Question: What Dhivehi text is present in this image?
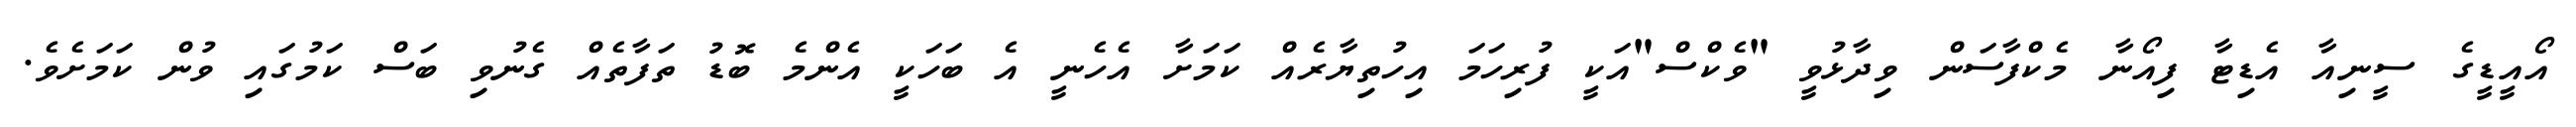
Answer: އޯއީޑީގެ ސީނިއާ އެޑިޓާ ފިއޯނާ މެކްފާސަން ވިދާޅުވީ "ވެކްސް"އަކީ ފުރިހަމަ އިހުތިޔާރެއް ކަމަށާ އެހެނީ އެ ބަހަކީ އެންމެ ބޮޑު ތަފާތެއް ގެނުވި ބަސް ކަމުގައި ވުން ކަމަށެވެ.